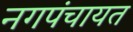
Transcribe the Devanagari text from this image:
नगपंचायत